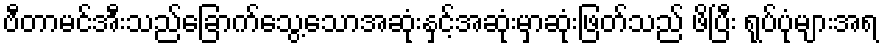
ဗီတာမင်အီးသည်ခြောက်သွေ့သောအဆုံးနှင့်အဆုံးမှာဆုံးဖြတ်သည် ဖိပြီး ရုပ်ပုံများအရ